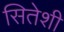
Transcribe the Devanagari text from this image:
सितेशी